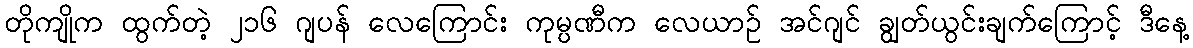
တိုကျိုက ထွက်တဲ့ ၂၁၆ ဂျပန် လေကြောင်း ကုမ္ပဏီက လေယာဉ် အင်ဂျင် ချွတ်ယွင်းချက်ကြောင့် ဒီနေ့